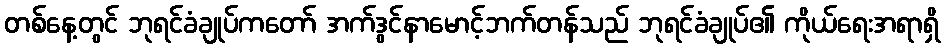
တစ်နေ့တွင် ဘုရင်ခံချုပ်ကတော် အက်ဒွင်နာမောင့်ဘက်တန်သည် ဘုရင်ခံချုပ်၏ ကိုယ်ရေးအရာရှိ